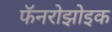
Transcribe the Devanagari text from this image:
फॅनरोझोइक